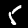
Label: 5